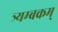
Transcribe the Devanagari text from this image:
त्र्यम्‍बकम्